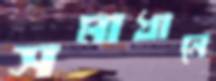
সমাধানে